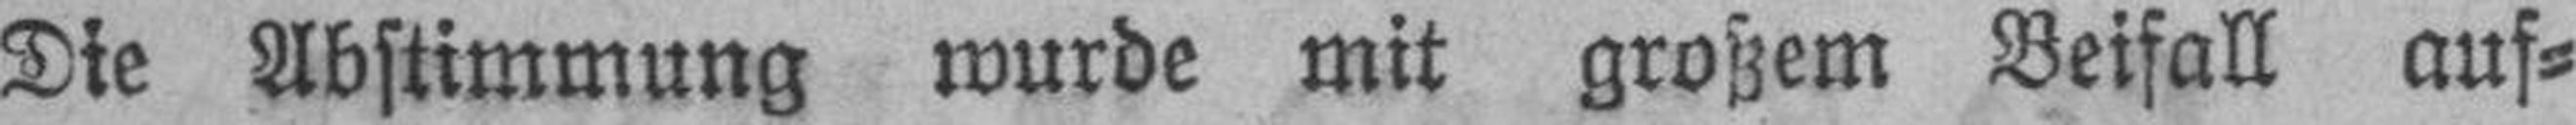
Die Abstimmung wurde mit großem Beifall auf¬